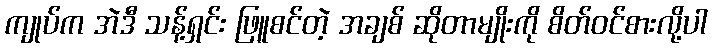
ကျုပ်က အဲဒီ သန့်ရှင်း ဖြူစင်တဲ့ အချစ် ဆိုတာမျိုးကို စိတ်ဝင်စားလို့ပါ